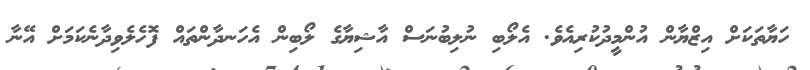
ހަޔާތަކަށް އިޒްޔާން އުންމީދުކުރިއެވެ. އެލޯބި ނުލިބުނަސް އާޝިޔާގެ ލޯބިން އެހަނދާންތައް ފޮހެލެވިދާނެކަމަށް އޭނާ